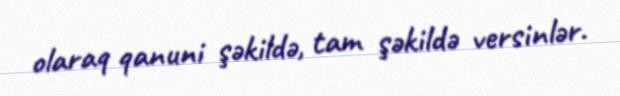
olaraq qanuni şəkildə, tam şəkildə versinlər.